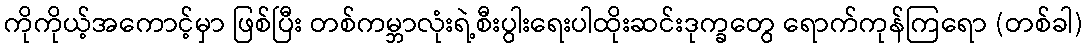
ကိုကိုယ့်အကောင့်မှာ ဖြစ်ပြီး တစ်ကမ္ဘာလုံးရဲ့စီးပွါးရေးပါထိုးဆင်းဒုက္ခတွေ ရောက်ကုန်ကြရော (တစ်ခါ)